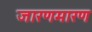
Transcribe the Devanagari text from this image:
जारणमारण